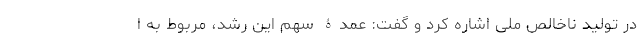
در تولید ناخالص ملی اشاره کرد و گفت: عمدۀ سهم این رشد، مربوط به ا